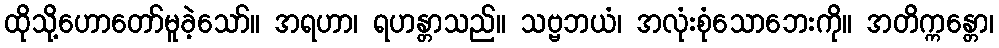
ထိုသို့ဟောတော်မူခဲ့သော်။ အရဟာ၊ ရဟန္တာသည်။ သဗ္ဗဘယံ၊ အလုံးစုံသောဘေးကို။ အတိက္ကန္တော၊